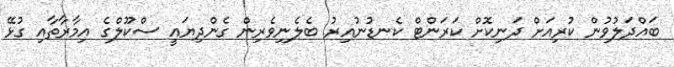
ބައްދަލުވުން ކުރިއަށް ދަނިކޮށް ކަރަންޓް ކެނޑުނުއިރު ބެލެނިވެރިން ގެންދިޔައީ ސްކޫލްގެ އިމާރާތާއި ގުޅޭ